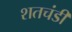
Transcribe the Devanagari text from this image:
शतचंडी